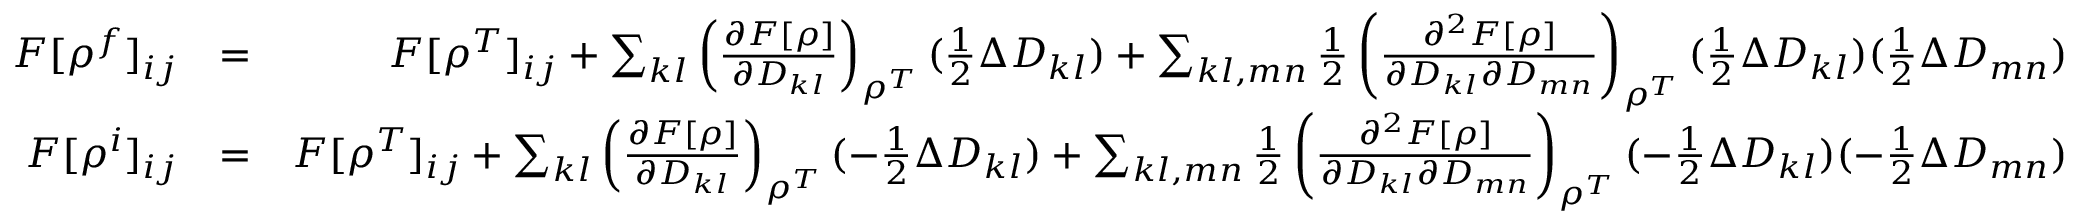
\begin{array} { r l r } { F [ \rho ^ { f } ] _ { i j } } & { = } & { F [ \rho ^ { T } ] _ { i j } + \sum _ { k l } \left( \frac { \partial F [ \rho ] } { \partial D _ { k l } } \right) _ { \rho ^ { T } } ( \frac { 1 } { 2 } \Delta D _ { k l } ) + \sum _ { k l , m n } \frac { 1 } { 2 } \left( \frac { \partial ^ { 2 } F [ \rho ] } { \partial D _ { k l } \partial D _ { m n } } \right) _ { \rho ^ { T } } ( \frac { 1 } { 2 } \Delta D _ { k l } ) ( \frac { 1 } { 2 } \Delta D _ { m n } ) } \\ { F [ \rho ^ { i } ] _ { i j } } & { = } & { F [ \rho ^ { T } ] _ { i j } + \sum _ { k l } \left( \frac { \partial F [ \rho ] } { \partial D _ { k l } } \right) _ { \rho ^ { T } } ( - \frac { 1 } { 2 } \Delta D _ { k l } ) + \sum _ { k l , m n } \frac { 1 } { 2 } \left( \frac { \partial ^ { 2 } F [ \rho ] } { \partial D _ { k l } \partial D _ { m n } } \right) _ { \rho ^ { T } } ( - \frac { 1 } { 2 } \Delta D _ { k l } ) ( - \frac { 1 } { 2 } \Delta D _ { m n } ) } \end{array}